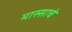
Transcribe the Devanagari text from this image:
मास्साचे